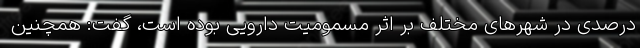
درصدی در شهرهای مختلف بر اثر مسمومیت دارویی بوده است، گفت: همچنین